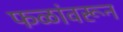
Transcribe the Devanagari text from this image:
फळांवरून